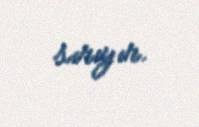
sırıyır.